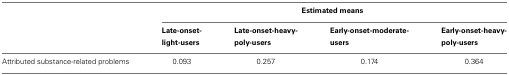
<table><thead><tr><td>[EMPTY_CELL]</td><td colspan="4"><b>Estimated means</b></td></tr><tr><td>[EMPTY_CELL]</td><td><b>Late-onset- light-users</b></td><td><b>Late-onset-heavy- poly-users</b></td><td><b>Early-onset-moderate- users</b></td><td><b>Early-onset-heavy- poly-users</b></td></tr></thead><tbody><tr><td>Attributed substance-related problems</td><td>0.093</td><td>0.257</td><td>0.174</td><td>0.364</td></tr></tbody></table>